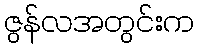
ဇွန်လအတွင်းက